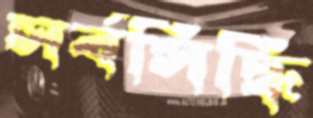
সর্বসিদ্ধি